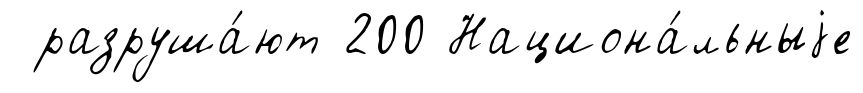
разруша́ют 200 Национа́льныjе